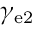
\gamma _ { \mathrm { e 2 } }